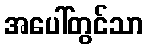
အပေါ်တွင်သာ